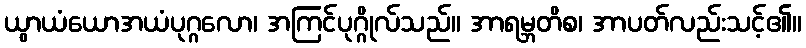
ယွာယံယောအယံပုဂ္ဂလော၊ အကြင်ပုဂ္ဂိုလ်သည်။ အာရမ္ဘတိစ၊ အာပတ်လည်းသင့်၏။